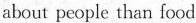
about people than food